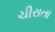
ચીરાતા